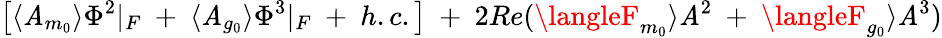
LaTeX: \left[\langle\mathit{A}_{m_{0}}\rangle\Phi^{2}\vert_{F}~+~\langle\mathit{A}_{g_{0}}\rangle\Phi^{3}\vert_{F}~+~h.c.\right]{}~+~2Re(\langleF_{m_{0}}\rangle\mathit{A}^{2}~+~\langleF_{g_{0}}\rangle\mathit{A}^{3})